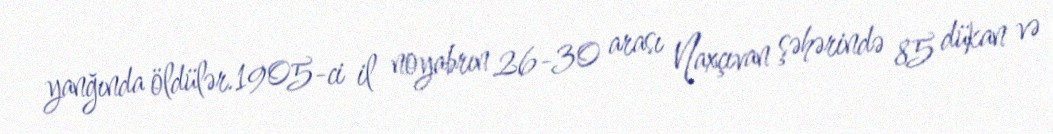
yanğında öldülər.1905-ci il noyabrın 26-30 arası Naxçıvan şəhərində 85 dükan və